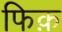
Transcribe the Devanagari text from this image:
फिक़